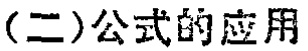
(二)公式的应用